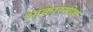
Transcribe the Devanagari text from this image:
आकास्मीक